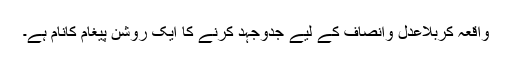
واقعہ کربلاعدل وانصاف کے لیے جدوجہد کرنے کا ایک روشن پیغام کانام ہے۔